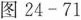
图24-71